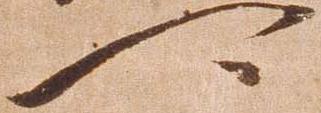
可